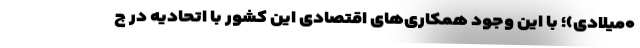
۰میلادی)؛ با این وجود همکاری‌های اقتصادی این کشور با اتحادیه در چ